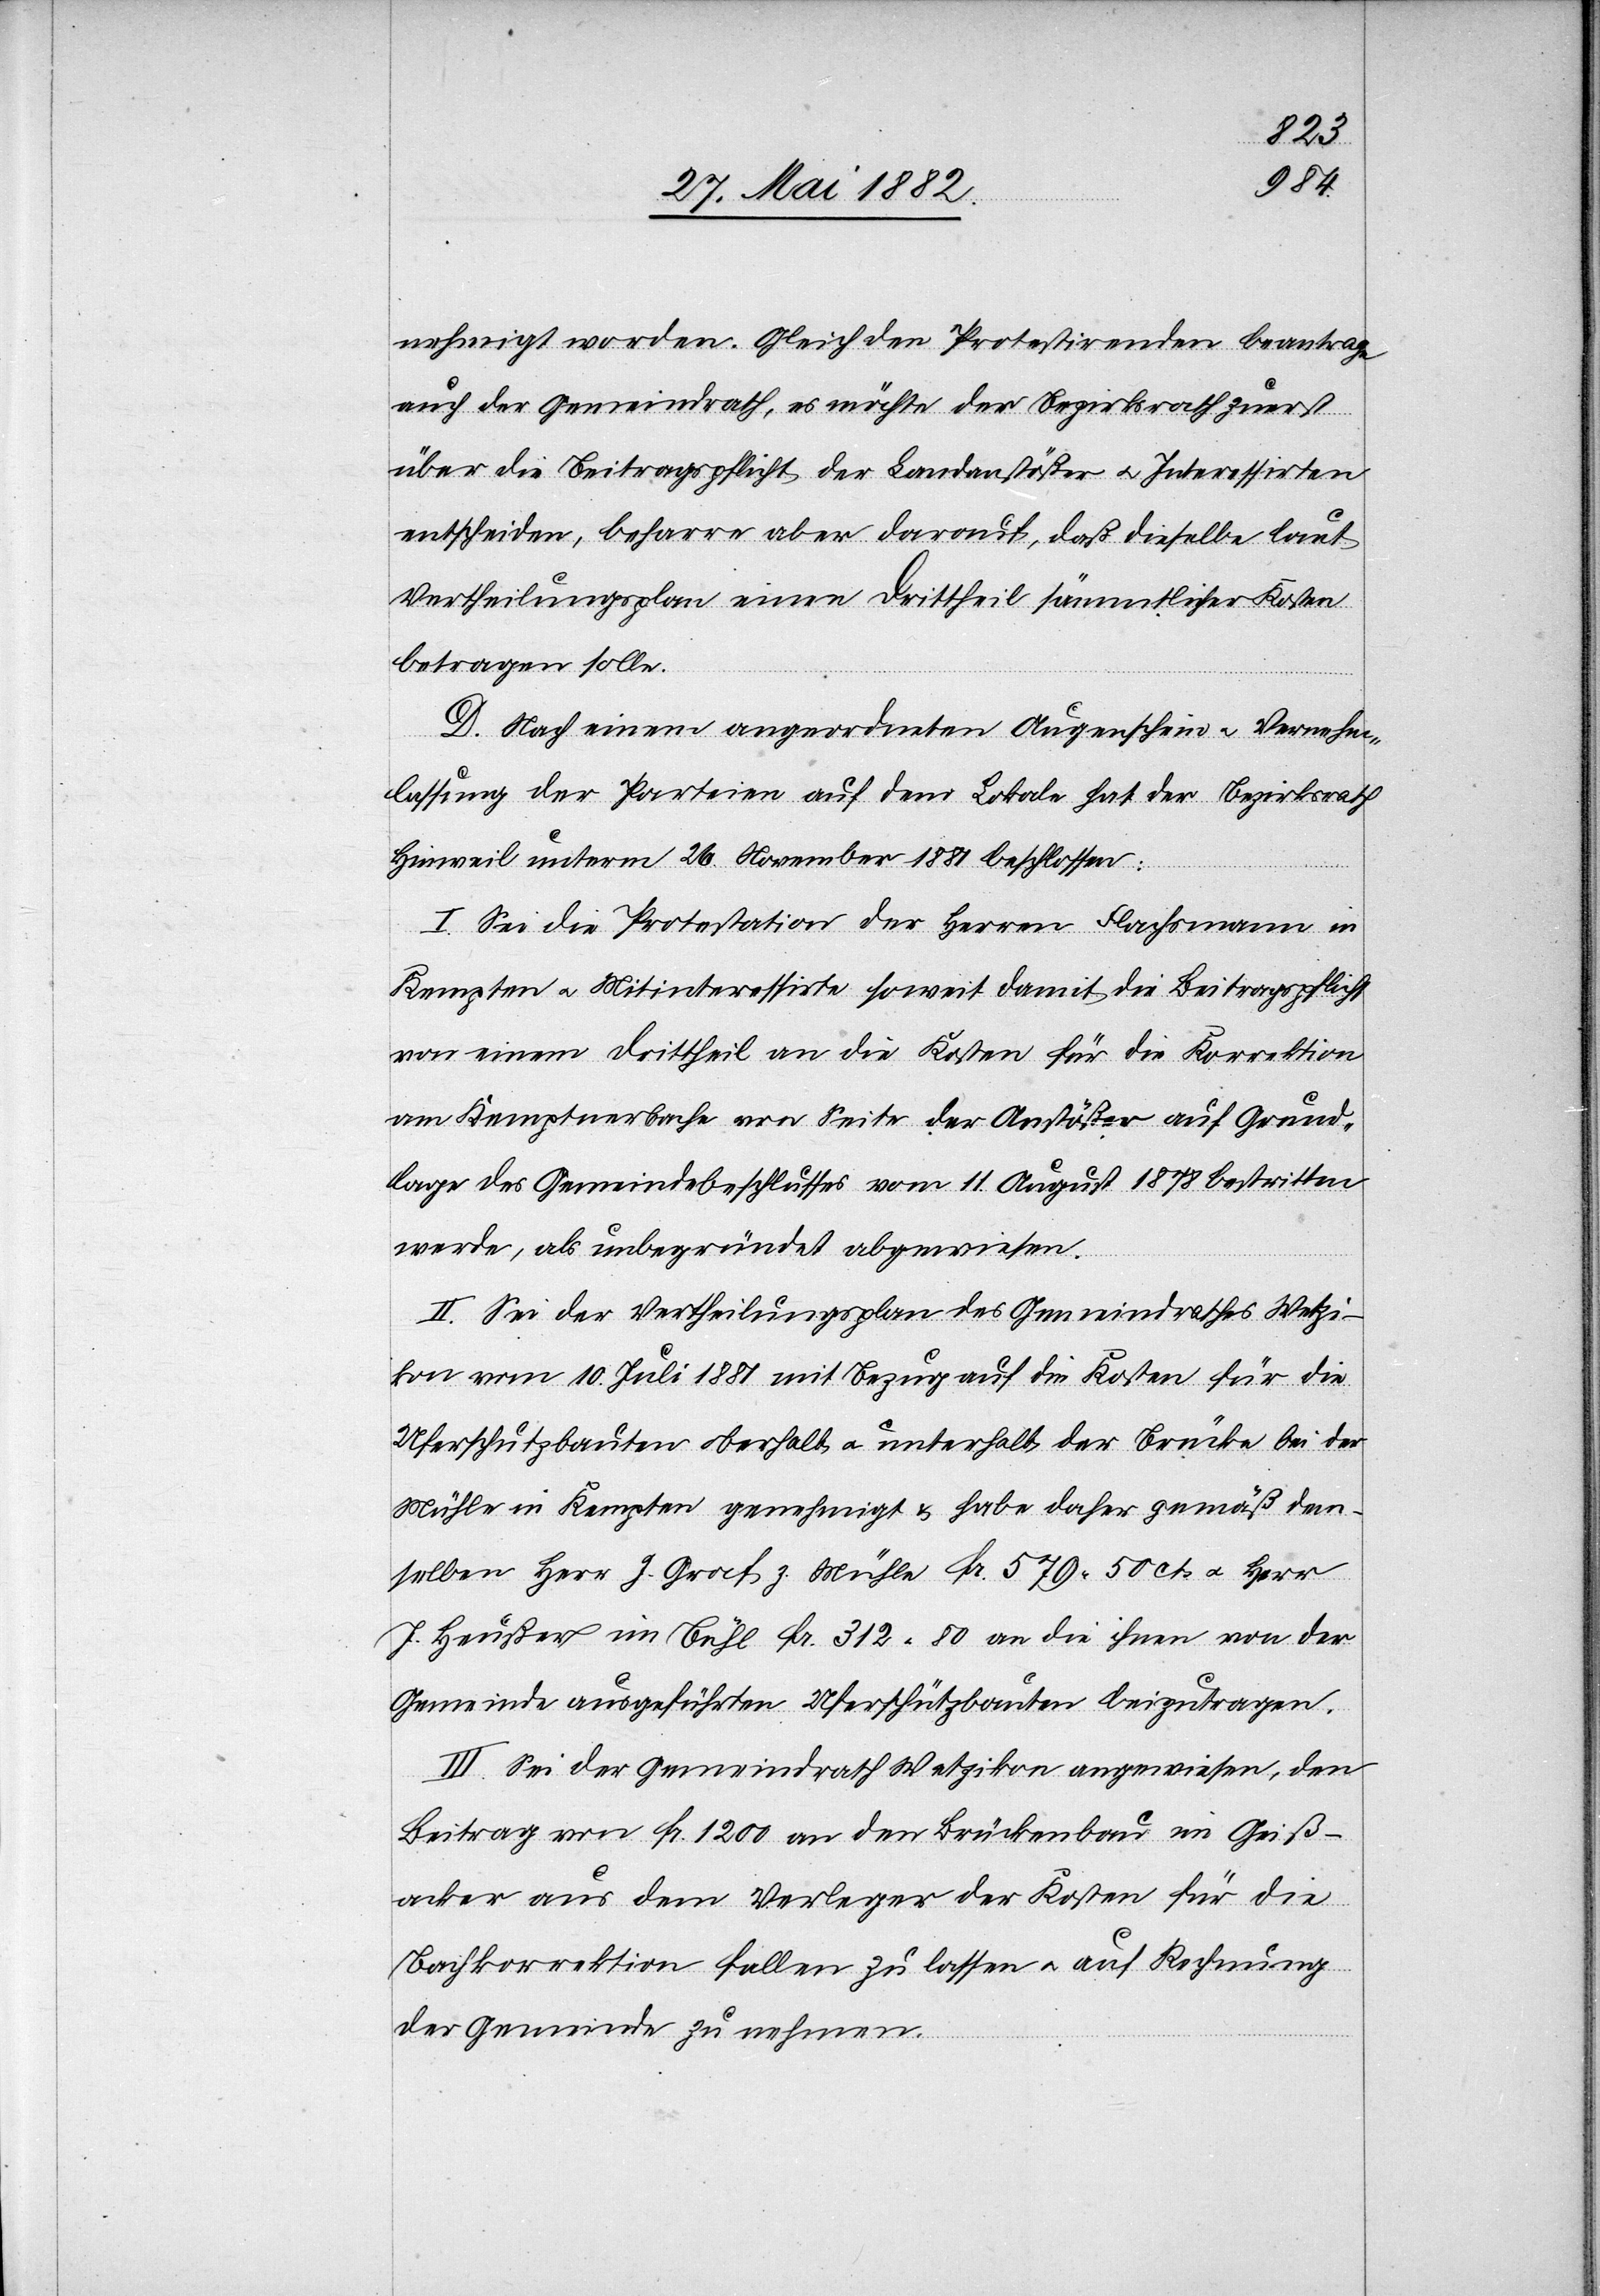
nehmigt worden. Gleich den Protestirenden beantrage
auch der Gemeindrath, es möchte der Bezirksrath zuerst
über die Beitragspflicht der Landanstößer u. Interessirten
entscheiden, beharre aber darauf, daß dieselbe laut
Vertheilungsplan einen Drittheil sämmtlicher Kosten
betragen solle.
D. Nach einem angeordneten Augenschein u. Vernehm¬
lassung der Parteien auf dem Lokale hat der Bezirksrath
Hinweil unterm 26. November 1881 beschlossen:
I. Sei die Protestation der Herren Flachsmann in
Kempten u. Mitinteressirte soweit damit die Beitragspflicht
von einem Drittheil an die Kosten für die Korrektion
am Kemptnerbache von Seite der Anstößer auf Grund¬
lage des Gemeindebeschlusses vom 11. August 1878 bestritten
werde, als unbegründet abgewiesen.
II. Sei der Vertheilungsplan des Gemeindrathes Wetzi¬
kon vom 10. Juli 1881 mit Bezug auf die Kosten für die
Uferschutzbauten oberhalb u. unterhalb der Brücke bei der
Mühle in Kempten genehmigt & habe daher gemäß dem¬
selben Herr J. Graf z. Mühle Fr. 579 50 cts. u. Herr
J. Heußer im Bühl Fr. 312 80 an die ihnen von der
Gemeinde ausgeführten Uferschutzbauten beizutragen.
III. Sei der Gemeindrath Wetzikon angewiesen, den
Beitrag von Fr. 1200 an den Brückenbau im Gieß¬
acker aus dem Verleger der Kosten für die
Bachkorrektion fallen zu lassen u. auf Rechnung
der Gemeinde zu nehmen.